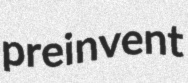
preinvent